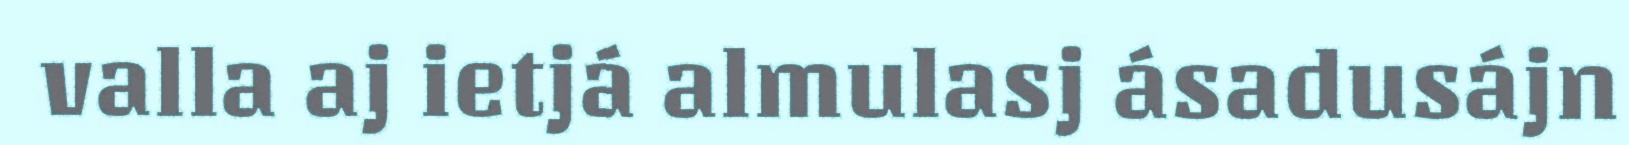
valla aj ietjá almulasj ásadusájn